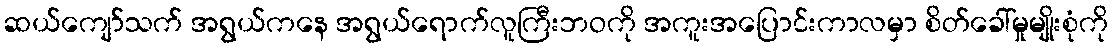
ဆယ်ကျော်သက် အရွယ်ကနေ အရွယ်ရောက်လူကြီးဘဝကို အကူးအပြောင်းကာလမှာ စိတ်ခေါ်မှုမျိုးစုံကို